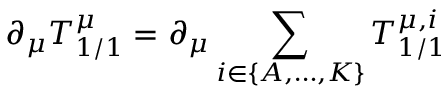
\partial _ { \mu } T _ { 1 / 1 } ^ { \mu } = \partial _ { \mu } \sum _ { i \in \{ A , \ldots , K \} } T _ { 1 / 1 } ^ { \mu , i }